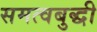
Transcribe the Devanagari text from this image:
समत्वबुद्धी